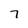
Character: 7